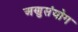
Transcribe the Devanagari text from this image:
अणुसंयोग